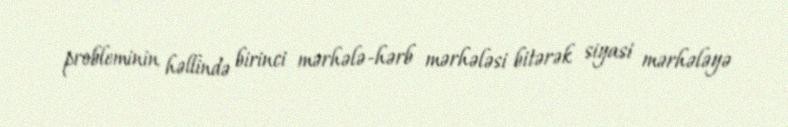
probleminin həllində birinci mərhələ-hərb mərhələsi bitərək siyasi mərhələyə